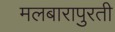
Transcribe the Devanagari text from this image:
मलबारापुरती